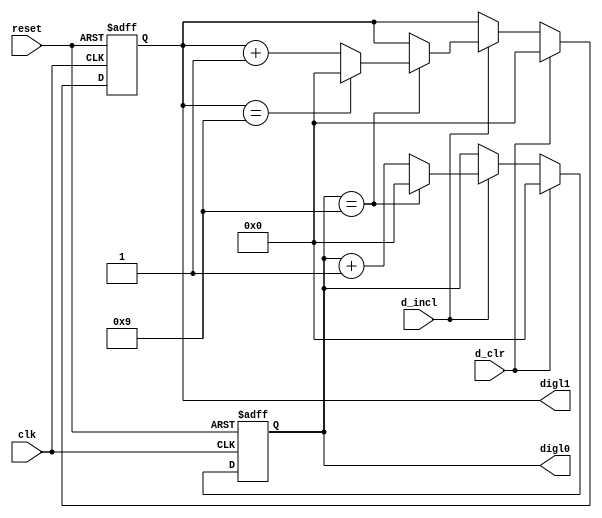
`timescale 1ns / 1ps
//////////////////////////////////////////////////////////////////////////////////
// Reference book: "FPGA Prototyping by Verilog Examples"
//                      "Xilinx Spartan-3 Version"
// Written by: Dr. Pong P. Chu
// Published by: Wiley, 2008
//
// Adapted for Basys 3 by David J. Marion aka FPGA Dude
//
//////////////////////////////////////////////////////////////////////////////////

module left_counter(
    input clk,
    input reset,
    input d_incl, d_clr,
    output [3:0] digl0, digl1
    );
    
    // signal declaration
    reg [3:0] r_digl0, r_digl1, digl0_next, digl1_next;
    
    // register control
    always @(posedge clk or posedge reset)
        if(reset) begin
            r_digl1 <= 0;
            r_digl0 <= 0;
        end
        
        else begin
            r_digl1 <= digl1_next;
            r_digl0 <= digl0_next;
        end
    
    // next state logic
    always @* begin
        digl0_next = r_digl0;
        digl1_next = r_digl1;
        
        if(d_clr) begin
            digl0_next <= 0;
            digl1_next <= 0;
        end
        
        else if(d_incl)
            if(r_digl0 == 9) begin
                digl0_next = 0;
                
                if(r_digl1 == 9)
                    digl1_next = 0;
                else
                    digl1_next = r_digl1 + 1;
            end
        
            else    // dig0 != 9
                digl0_next = r_digl0 + 1;
    end
    
    // output
    assign digl0 = r_digl0;
    assign digl1 = r_digl1;
    
endmodule